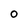
Character: O